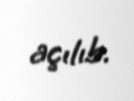
açılıb.